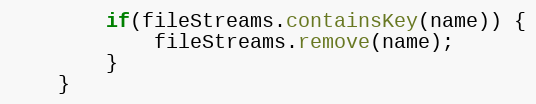
Language: Java
        if(fileStreams.containsKey(name)) {
            fileStreams.remove(name);
        }
    }